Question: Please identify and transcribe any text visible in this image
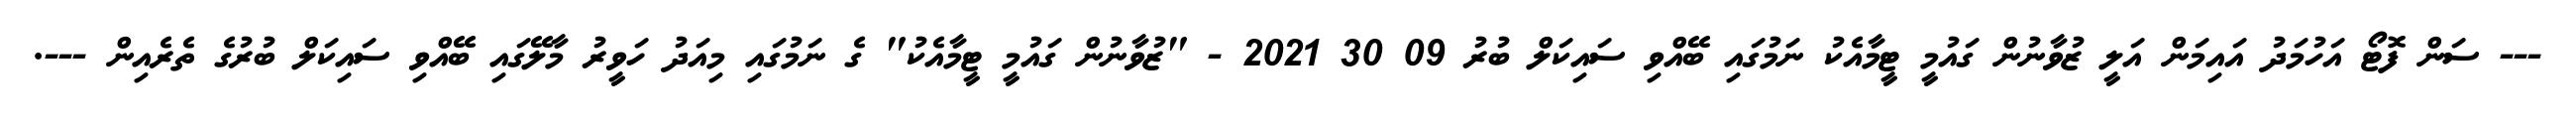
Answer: --- ސަން ފޮޓޯ އަހުމަދު އައިމަން އަލީ ޒުވާނުން ގައުމީ ޓީމާއެކު ނަމުގައި ބޭއްވި ސައިކަލް ބުރު 09 30 2021 - "ޒުވާނުން ގައުމީ ޓީމާއެކު" ގެ ނަމުގައި މިއަދު ހަވީރު މާލޭގައި ބޭއްވި ސައިކަލް ބުރުގެ ތެރެއިން ---.